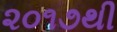
૨૦૧૭થી